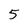
Character: 5